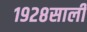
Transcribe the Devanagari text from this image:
१९२८साली